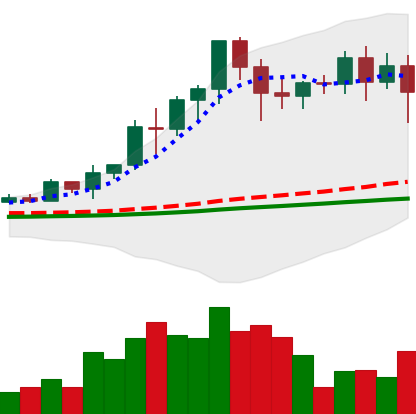
Ticker: EOS-USD
Chart end date: 2021-02-22
Forward return: -21.939%
Label: down_7plus